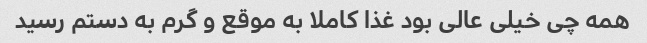
همه چی خیلی عالی بود غذا کاملا به موقع و گرم به دستم رسید